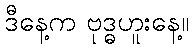
ဒီနေ့က ဗုဒ္ဓဟူးနေ့။